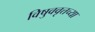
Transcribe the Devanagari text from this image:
विषुववृत्तच्या